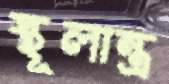
স্থূলান্ত্র